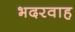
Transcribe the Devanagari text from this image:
भदरवाह